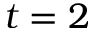
t = 2